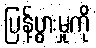
ပြန့်ပွားမှုကို